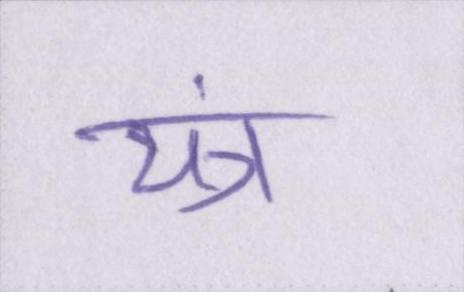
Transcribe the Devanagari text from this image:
यंत्र